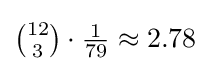
\textstyle {12 \choose 3}\cdot {\frac {1}{79}}\approx 2.78